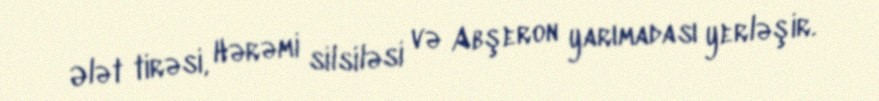
Ələt tirəsi, Hərəmi silsiləsi və Abşeron yarımadası yerləşir.